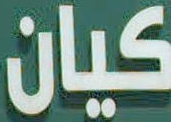
كيان